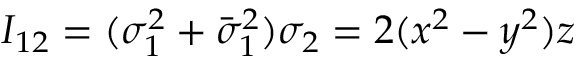
I _ { 1 2 } = ( \sigma _ { 1 } ^ { 2 } + \bar { \sigma } _ { 1 } ^ { 2 } ) \sigma _ { 2 } = 2 ( x ^ { 2 } - y ^ { 2 } ) z